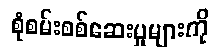
စုံစမ်းစစ်ဆေးမှုများကို